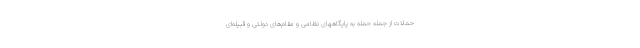
حملات از جمله حمله به پایگاههای نظامی و مقام‌های دولتی و قبیله‌ای